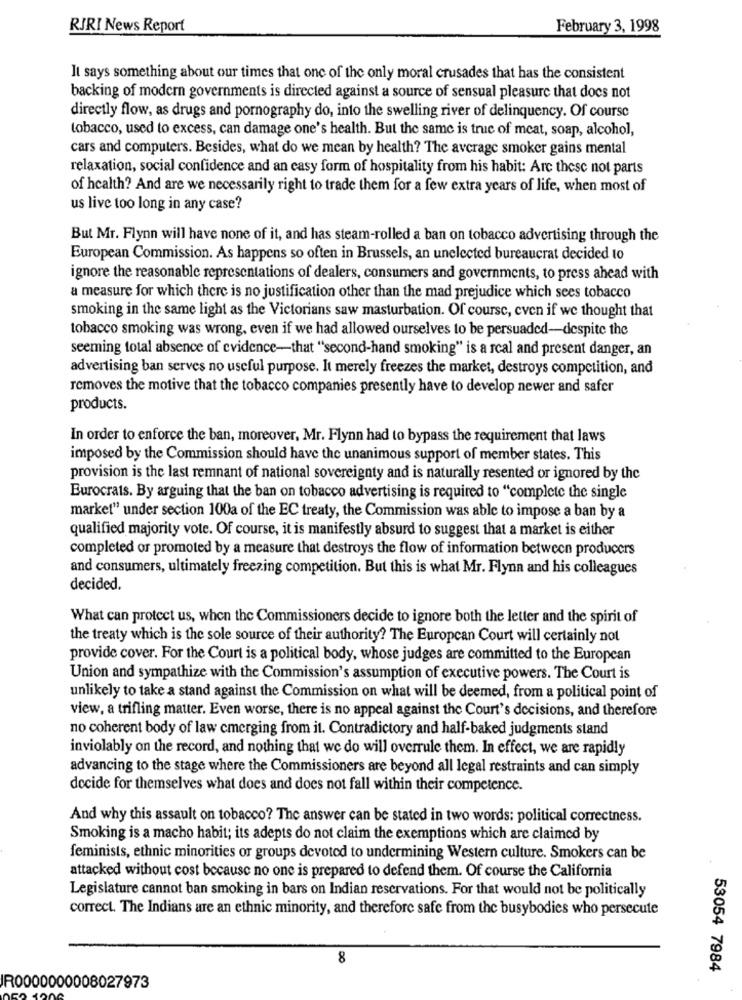
RJRI News Report
February 3, 1998
It says something about our times that one of the only moral crusades that has the consistent
backing of modern governments is directed against a source of sensual pleasure that does not
directly flow, as drugs and pornography do, into the swelling river of delinquency. Of course
tobacco, used to excess, can damage one's health. But the same is truc of meat, soap, alcohol,
cars and computers. Besides, what do we mean by health? The average smoker gains mental
relaxation, social confidence and an easy form of hospitality from his habit: Arc these not parts
of health? And are we necessarily right to trade them for a few extra years of life, when most of
us live too long in any case?
But Mr. Flynn will have none of it, and has steam-rolled a ban on tobacco advertising through the
European Commission. As happens so often in Brussels, an unelected bureaucrat decided to
ignore the reasonable representations of dealers, consumers and governments, to press ahead with
a measure for which there is no justification other than the mad prejudice which sees tobacco
smoking in the same light as the Victorians saw masturbation. Of course, even if we thought that
tobacco smoking was wrong, even if we had allowed ourselves to be persuaded-despite the
seeming total absence of evidence-that "second-hand smoking" is a real and present danger, an
advertising ban serves no useful purpose. It merely freezes the market, destroys competition, and
removes the motive that the tobacco companies presently have to develop newer and safer
products.
In order to enforce the ban, moreover, Mr. Flynn had to bypass the requirement that laws
imposed by the Commission should have the unanimous support of member states. This
provision is the last remnant of national sovereignty and is naturally resented or ignored by the
Eurocrats. By arguing that the ban on tobacco advertising is required to "complete the single
market" under section 100a of the EC treaty, the Commission was able to impose a ban by a
qualified majority vote. Of course, it is manifestly absurd to suggest that a market is either
completed or promoted by a measure that destroys the flow of information between producers
and consumers, ultimately freezing competition. But this is what Mr. Flynn and his colleagues
decided.
What can protect us, when the Commissioners decide to ignore both the letter and the spirit of
the treaty which is the sole source of their authority? The European Court will certainly not
provide cover. For the Court is a political body, whose judges are committed to the European
Union and sympathize with the Commission's assumption of executive powers. The Court is
unlikely to take a stand against the Commission on what will be deemed, from a political point of
view, a trifling matter. Even worse, there is no appeal against the Court's decisions, and therefore
no coherent body of law cmerging from it. Contradictory and half-baked judgments stand
inviolably on the record, and nothing that we do will overrule them. In effect, we are rapidly
advancing to the stage where the Commissioners are beyond all legal restraints and can simply
decide for themselves what does and does not fall within their competence.
And why this assault on tobacco? The answer can be stated in two words: political correctness.
Smoking is a macho habit; its adepts do not claim the exemptions which are claimed by
feminists, ethnic minorities or groups devoted to undermining Western culture. Smokers can be
attacked without cost because no one is prepared to defend them. Of course the California
Legislature cannot ban smoking in bars on Indian reservations. For that would not be politically
correct. The Indians are an ethnic minority, and therefore safe from the busybodies who persecute
8
53054 7984
R0000000008027973